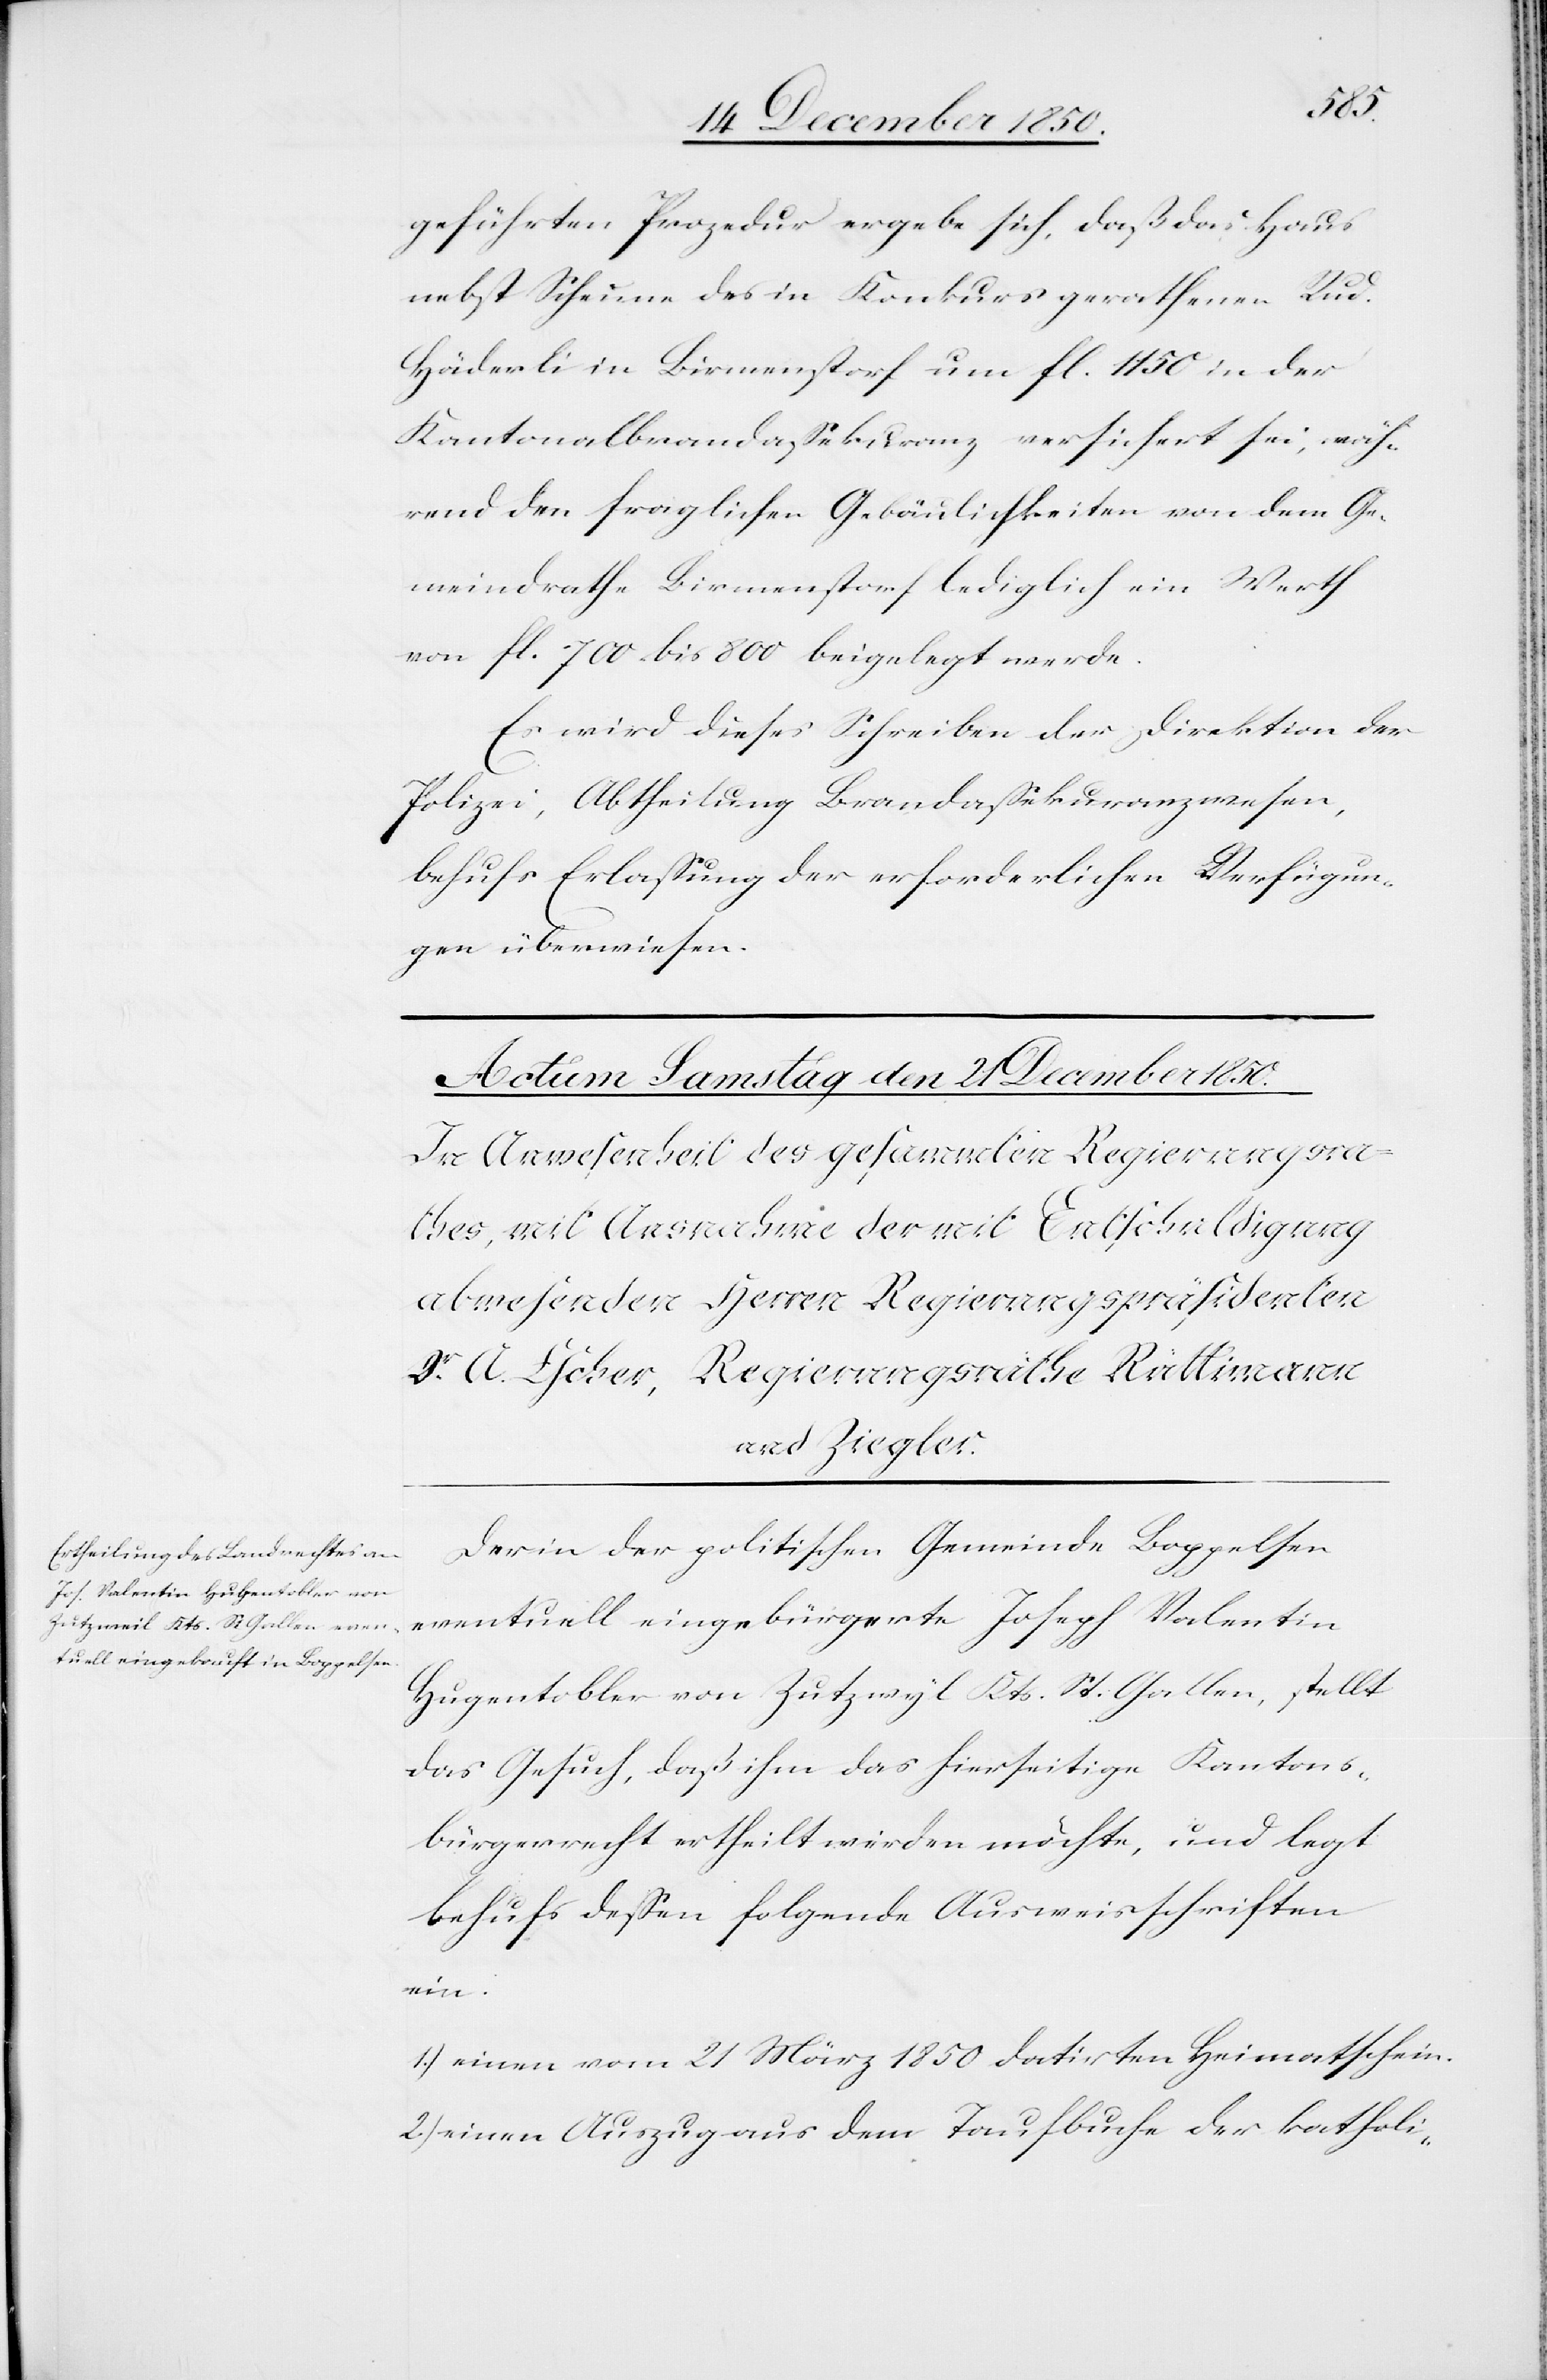
geführten Prozedur ergebe sich, daß das Haus
nebst Scheune des in Konkurs gerathenen Rud.
Häderli in Birmenstorf um fl. 1150 in der
Kantonalbrandassekuranz versichert sei, wäh¬
rend den fraglichen Gebäulichkeiten von dem Ge¬
meindrathe Birmenstorf lediglich ein Werth
von fl. 700 bis 800 beigelegt werde.
Es wird dieses Schreiben der Direktion der
Polizei, Abtheilung Brandassekuranzwesen,
behufs Erlassung der erforderlichen Verfügun¬
gen überwiesen.
Der in der politischen Gemeinde Boppelsen
eventuell eingebürgerte Joseph Valentin
Hugentobler von Zutzwyl Kts. St. Gallen, stellt
das Gesuch, daß ihm das hierseitige Kantons¬
bürgerrecht ertheilt werden möchte, und legt
behufs dessen folgende Ausweisschriften
ein:
1.) einen vom 21 März 1850 datirten Heimatschein.
2.) einen Auszug aus dem Taufbuche der katholi-